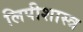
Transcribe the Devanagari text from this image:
लिपीशास्त्र